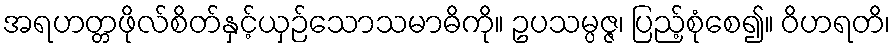
အရဟတ္တဖိုလ်စိတ်နှင့်ယှဉ်သောသမာဓိကို။ ဥပသမ္ပဇ္ဇ၊ ပြည့်စုံစေ၍။ ဝိဟရတိ၊